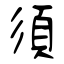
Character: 須